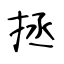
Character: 拯